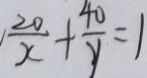
\frac { 2 0 } { x } + \frac { 4 0 } { y } = 1